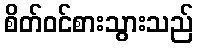
စိတ်ဝင်စားသွားသည်